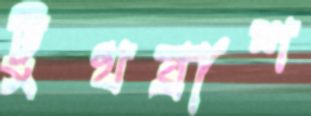
টুথব্রাশ